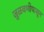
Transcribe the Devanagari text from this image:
जुळवणीपासून